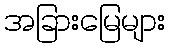
အခြားမြေများ